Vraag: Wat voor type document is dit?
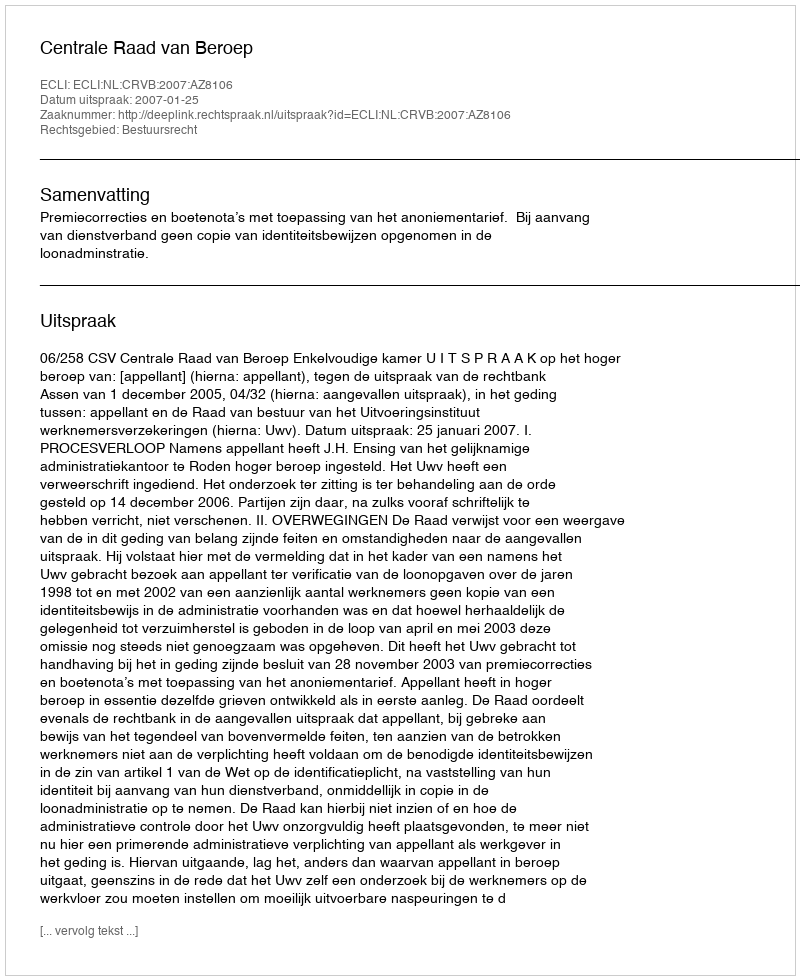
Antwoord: Uitspraak